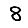
Digit: 8